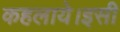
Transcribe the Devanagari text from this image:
कहलाये।इसी